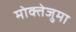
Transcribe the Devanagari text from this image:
मोक्तेजुमा